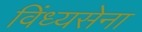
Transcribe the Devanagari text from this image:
विंध्यसेना